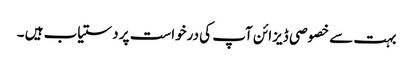
بہت سے خصوصی ڈیزائن آپ کی درخواست پر دستیاب ہیں ۔